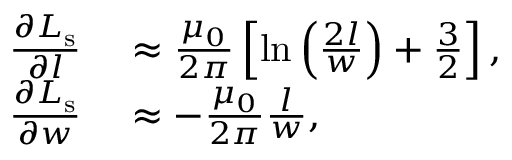
\begin{array} { r l } { \frac { \partial L _ { \mathrm { s } } } { \partial l } } & { { } \approx \frac { \mu _ { 0 } } { 2 \pi } \left[ \ln \left( \frac { 2 l } { w } \right) + \frac { 3 } { 2 } \right] , } \\ { \frac { \partial L _ { \mathrm { s } } } { \partial w } } & { { } \approx - \frac { \mu _ { 0 } } { 2 \pi } \frac { l } { w } , } \end{array}